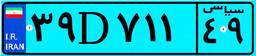
۳۹D۷۱۱۴۹